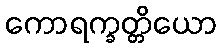
ကောရက္ခတ္တိယော